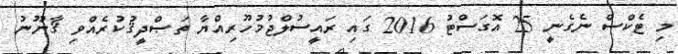
މި ޓެކްސް ނެގެނީ 25 އޮގަސްޓު 2016 ގައި ރައީސުލްޖުމުހޫރިއްޔާ ތަޞްދީޤުކުރެއްވި ޤާނޫނު